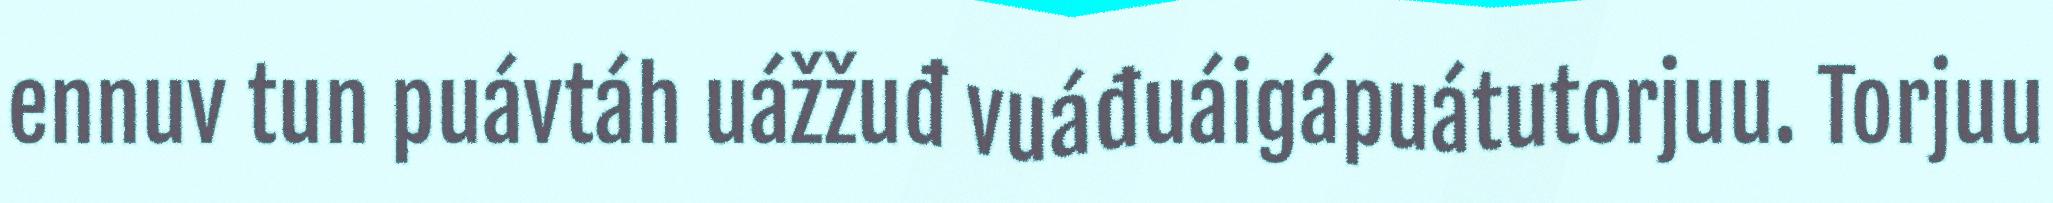
ennuv tun puávtáh uážžuđ vuáđuáigápuátutorjuu. Torjuu